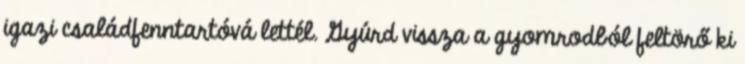
igazi családfenntartóvá lettél. Gyúrd vissza a gyomrodból feltörő ki